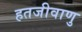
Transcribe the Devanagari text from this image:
हतजीवाणु